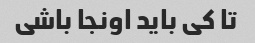
تا کی باید اونجا باشی